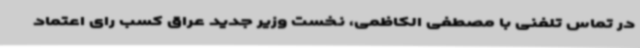
در تماس تلفنی با مصطفی الکاظمی، نخست وزیر جدید عراق کسب رای اعتماد